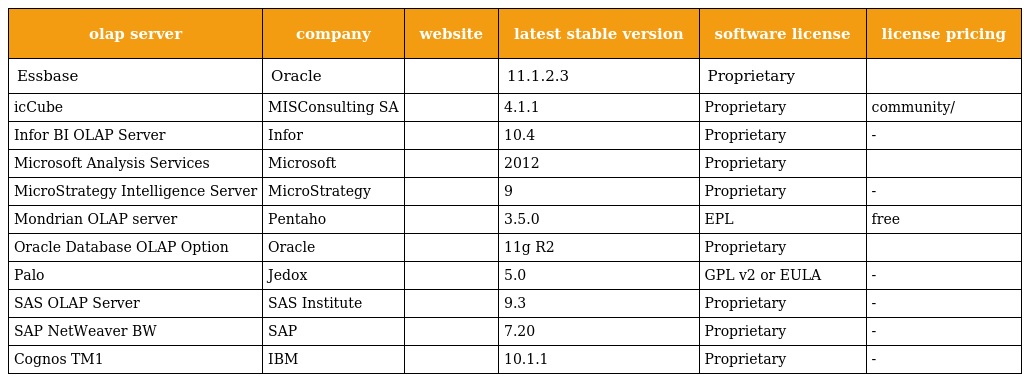
| olap server | company | website | latest stable version | software license | license pricing |
 | --- | --- | --- | --- | --- | --- |
 | Essbase | Oracle |  | 11.1.2.3 | Proprietary |  |
 | icCube | MISConsulting SA |  | 4.1.1 | Proprietary | community/ |
 | Infor BI OLAP Server | Infor |  | 10.4 | Proprietary | - |
 | Microsoft Analysis Services | Microsoft |  | 2012 | Proprietary |  |
 | MicroStrategy Intelligence Server | MicroStrategy |  | 9 | Proprietary | - |
 | Mondrian OLAP server | Pentaho |  | 3.5.0 | EPL | free |
 | Oracle Database OLAP Option | Oracle |  | 11g R2 | Proprietary |  |
 | Palo | Jedox |  | 5.0 | GPL v2 or EULA | - |
 | SAS OLAP Server | SAS Institute |  | 9.3 | Proprietary | - |
 | SAP NetWeaver BW | SAP |  | 7.20 | Proprietary | - |
 | Cognos TM1 | IBM |  | 10.1.1 | Proprietary | - |